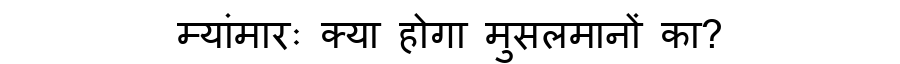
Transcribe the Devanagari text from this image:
म्यांमारः क्या होगा मुसलमानों का?